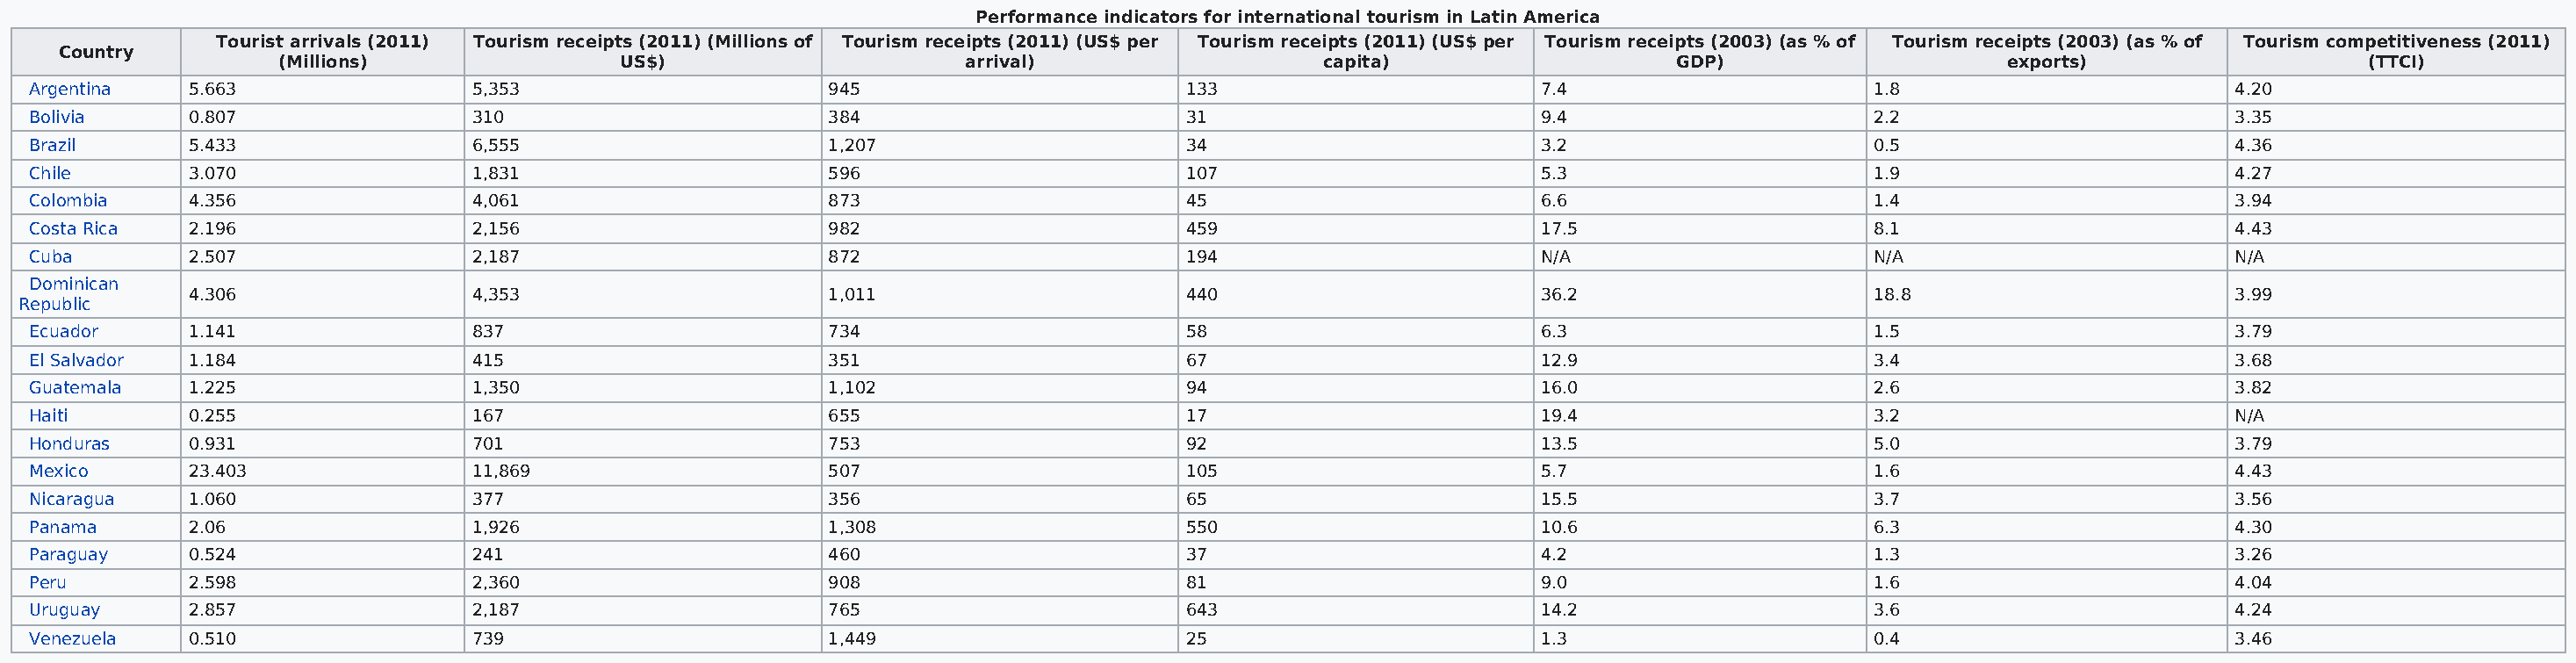
Performance indicators for international tourism in Latin America
 Tourist arrivals (2011) Tourism receipts (2011) (Millions of Tourism receipts (2011) (US$ per Tourism receipts (2011) (US$ per Tourism receipts (2003) (as % of Tourism receipts (2003) (as % of Tourism competitiveness (2011)
 Country
 (Millions)                US$)                      arrival)                   capita)                   GDP)                     exports)                    (TTCI)
 Argentina   5.663                 5,353                     945                        133                        7.4                      1.8                        4.20
 Bolivia     0.807                 310                       384                        31                         9.4                      2.2                        3.35
 Brazil      5.433                 6,555                     1,207                      34                         3.2                      0.5                        4.36
 Chile       3.070                 1,831                     596                        107                        5.3                      1.9                        4.27
 Colombia    4.356                 4,061                     873                        45                         6.6                      1.4                        3.94
 Costa Rica  2.196                 2,156                     982                        459                        17.5                     8.1                        4.43
 Cuba        2.507                 2,187                     872                        194                        N/A                      N/A                        N/A
 Dominican
 4.306                 4,353                     1,011                      440                        36.2                     18.8                       3.99
 Republic
 Ecuador     1.141                 837                       734                        58                         6.3                      1.5                        3.79
 El Salvador 1.184                 415                       351                        67                         12.9                     3.4                        3.68
 Guatemala   1.225                 1,350                     1,102                      94                         16.0                     2.6                        3.82
 Haiti       0.255                 167                       655                        17                         19.4                     3.2                        N/A
 Honduras    0.931                 701                       753                        92                         13.5                     5.0                        3.79
 Mexico      23.403                11,869                    507                        105                        5.7                      1.6                        4.43
 Nicaragua   1.060                 377                       356                        65                         15.5                     3.7                        3.56
 Panama      2.06                  1,926                     1,308                      550                        10.6                     6.3                        4.30
 Paraguay    0.524                 241                       460                        37                         4.2                      1.3                        3.26
 Peru        2.598                 2,360                     908                        81                         9.0                      1.6                        4.04
 Uruguay     2.857                 2,187                     765                        643                        14.2                     3.6                        4.24
 Venezuela   0.510                 739                       1,449                      25                         1.3                      0.4                        3.46